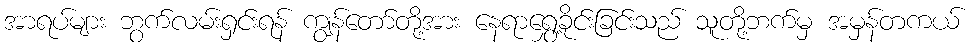
အာရပ်များ ဘွက်လမ်းရှင်းရန် ကျွန်တော်တို့အား နေရာရွှေ့ခိုင်းခြင်းသည် သူတို့ဘက်မှ အမှန်တကယ်